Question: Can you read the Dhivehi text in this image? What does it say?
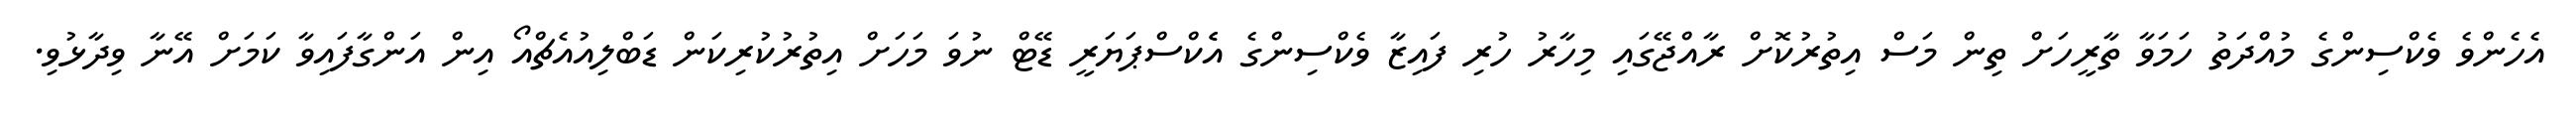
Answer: އެހެންވެ ވެކްސިންގެ މުއްދަތު ހަމަވާ ތާރީހަށް ތިން މަސް އިތުރުކޮށް ރާއްޖޭގައި މިހާރު ހުރި ފައިޒާ ވެކްސިންގެ އެެކްސްޕަޔަރީ ޑޭޓް ނުވަ މަހަށް އިތުރުކުރިކަން ޑަބްލިއުއެޗްއޯ އިން އަންގާފައިވާ ކަމަށް އޭނާ ވިދާޅުވި.